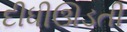
દીધીઊડતી